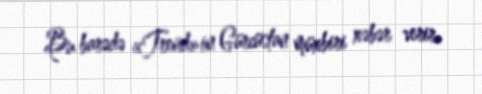
Bu barədə «Trend»in Gürcüstan müxbiri xəbər verir.